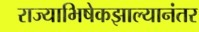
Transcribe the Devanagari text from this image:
राज्याभिषेकझाल्यानंतर